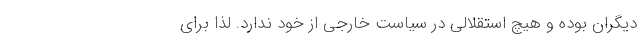
دیگران بوده و هیچ استقلالی در سیاست خارجی از خود ندارد. لذا برای